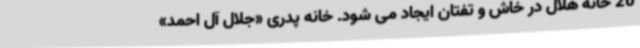
20 خانه هلال در خاش و تفتان ایجاد می شود. خانه پدری «جلال آل احمد»